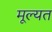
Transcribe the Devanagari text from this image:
मूल्यत